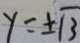
y = \pm \sqrt { 3 }